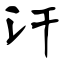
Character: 汗